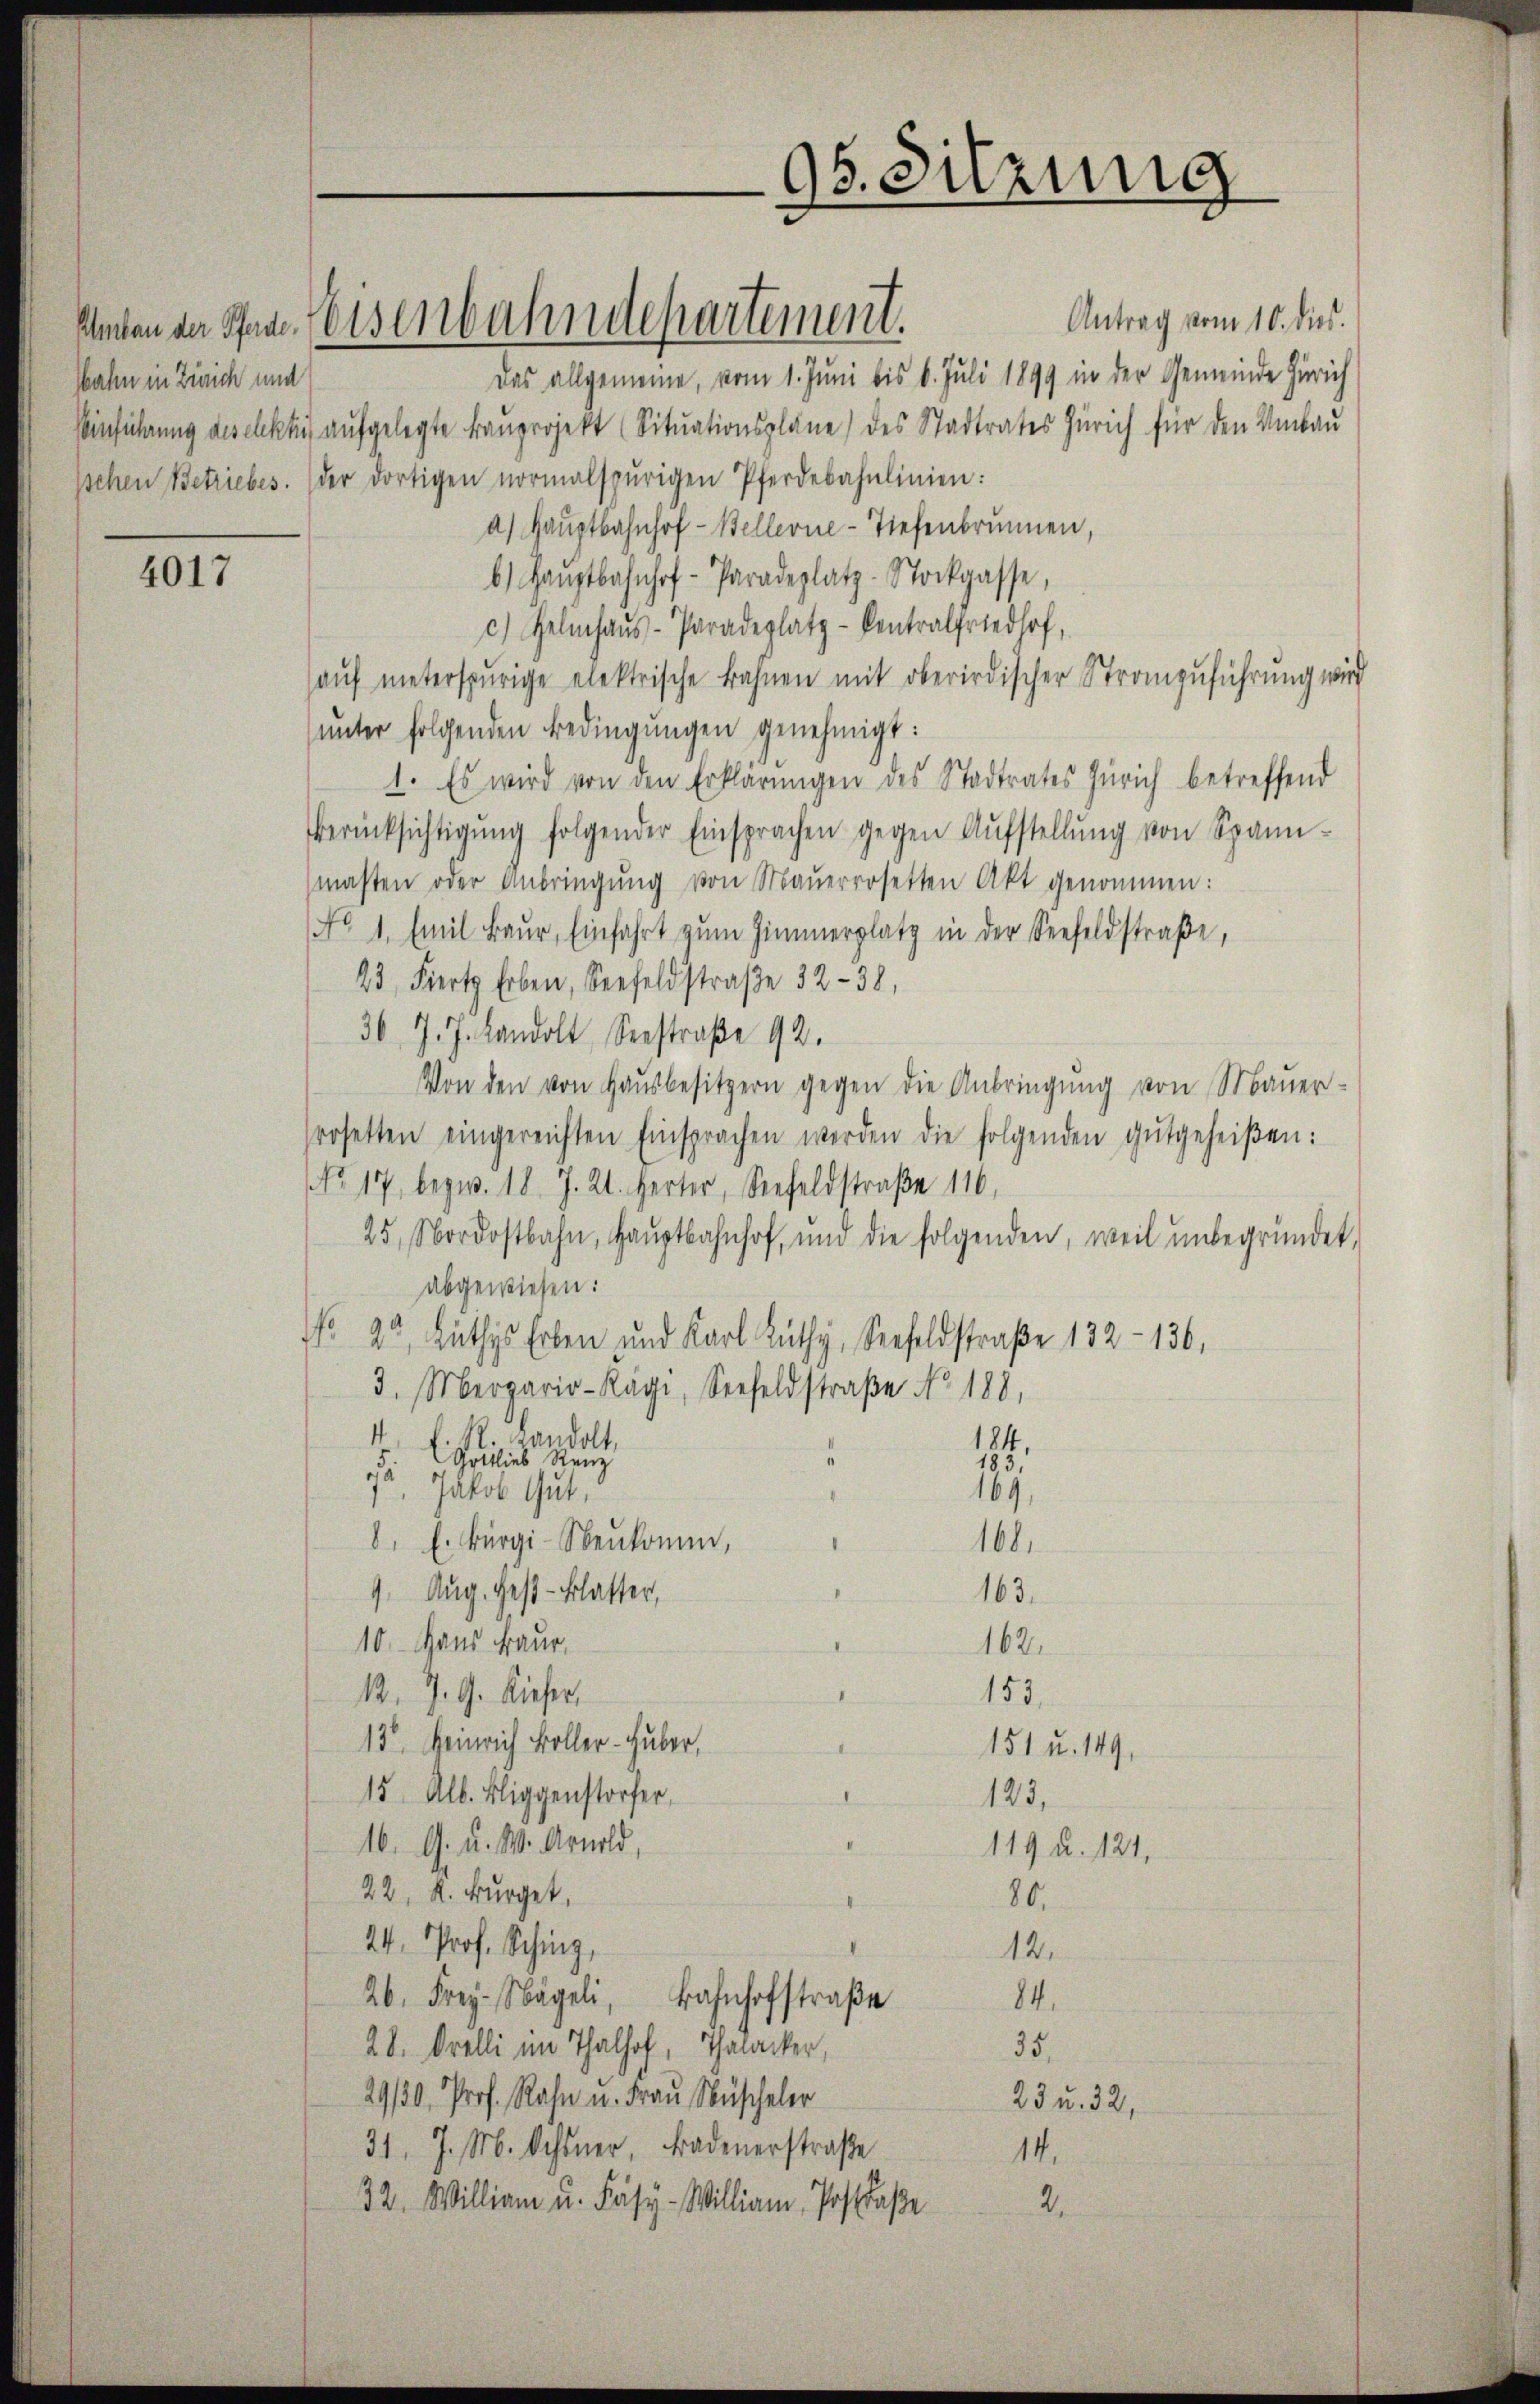
Wahn in Zürich und

4017

Antrag vom 10. dies
Das allgemeine, vom 1. Juni bis 6. Juli 1899 in der Gemeinde Zürich
Einführung geselcklich aufgelegte Frauprojekt (Situationspläne des Stadtrates Zürich für den Umbau
sschen Betriebes. der dortigen normalspurigen Pferdebahnlinien:
a) Hauptbahnhof - Bellerne-Tiefenbrunnen,
b) Haŭptbahnhof-Paradeplatz-Stockgasse,
c) Gelinhaus - Paradeplatz - Centralfriedhof,
aŭf meterspurige elektrische Bahnen mit oberirdischer Stranzuführung wird
ŭnter folgenden Bedingŭngen genehmigt:
1. Es wird von den Erklärungen des Stadtrates Zürich betreffend
Berücksichtigŭng folgender Einsprachen gegen Aŭfstellŭng von Spannmasten oder Anbringŭng von Mauerrosetten Akt genommen:
No. 1. Emil Baŭr, Einfahrt zŭm Zimmerplatz in der Seefeldstraβe,
23. Fiert Erben, Seefeldstraße 32-38,
36 J. J. Landolt Seestraße 92.
Von den von Haŭsbesitzern gegen die Anbringung von Mauer-
rosetten eingereichten Einsprachen werden die folgenden gutgeheißen:
NNo. 17, bezw. 18. J. 21. Herter, Seefeldstraße 116,
25. Nordostbahn, Haŭptbahnhof, und die folgenden, weil unbegründet,
abgewiesen:
No 22. Lüthys Erben und Karl Lüthy, Seefeldstraße 132 - 136,
3. Merario Kägi, Seefeldstraße No 188,
4
R. Landolt,
184.
Gottlieb Renz
183,
d
1. Jakob Gut,
169.
8. E. Bürgi-Neukomm,
168.
9. Aug. Gest-Blatter,
163.
10. Haus Fraue
162.
13. J. G. Kieser,
153.
13. Heinrich Boller-Huber,
151 u. 149,
15. Alb. Bliggenstorfer
123,
16. G. u. s. Arnold,
119 u. 121.
22, K. Bürger,
86.
24 Prof. Schinz,
12.
26. Frey- Nägeli, Bahnhofstraβe
84.
28. Orelli im Thalhof, Thalacker,
35.
29/30. Prof. Rahn u. Frau Nüscheler
23 u. 32,
31. J. M. Ochsner, Badenerstraße
14.
32. William u. Fäsy-William, Postaße
2.

Saben der Staat. Weisenbahndepartement.

96. Sitzung